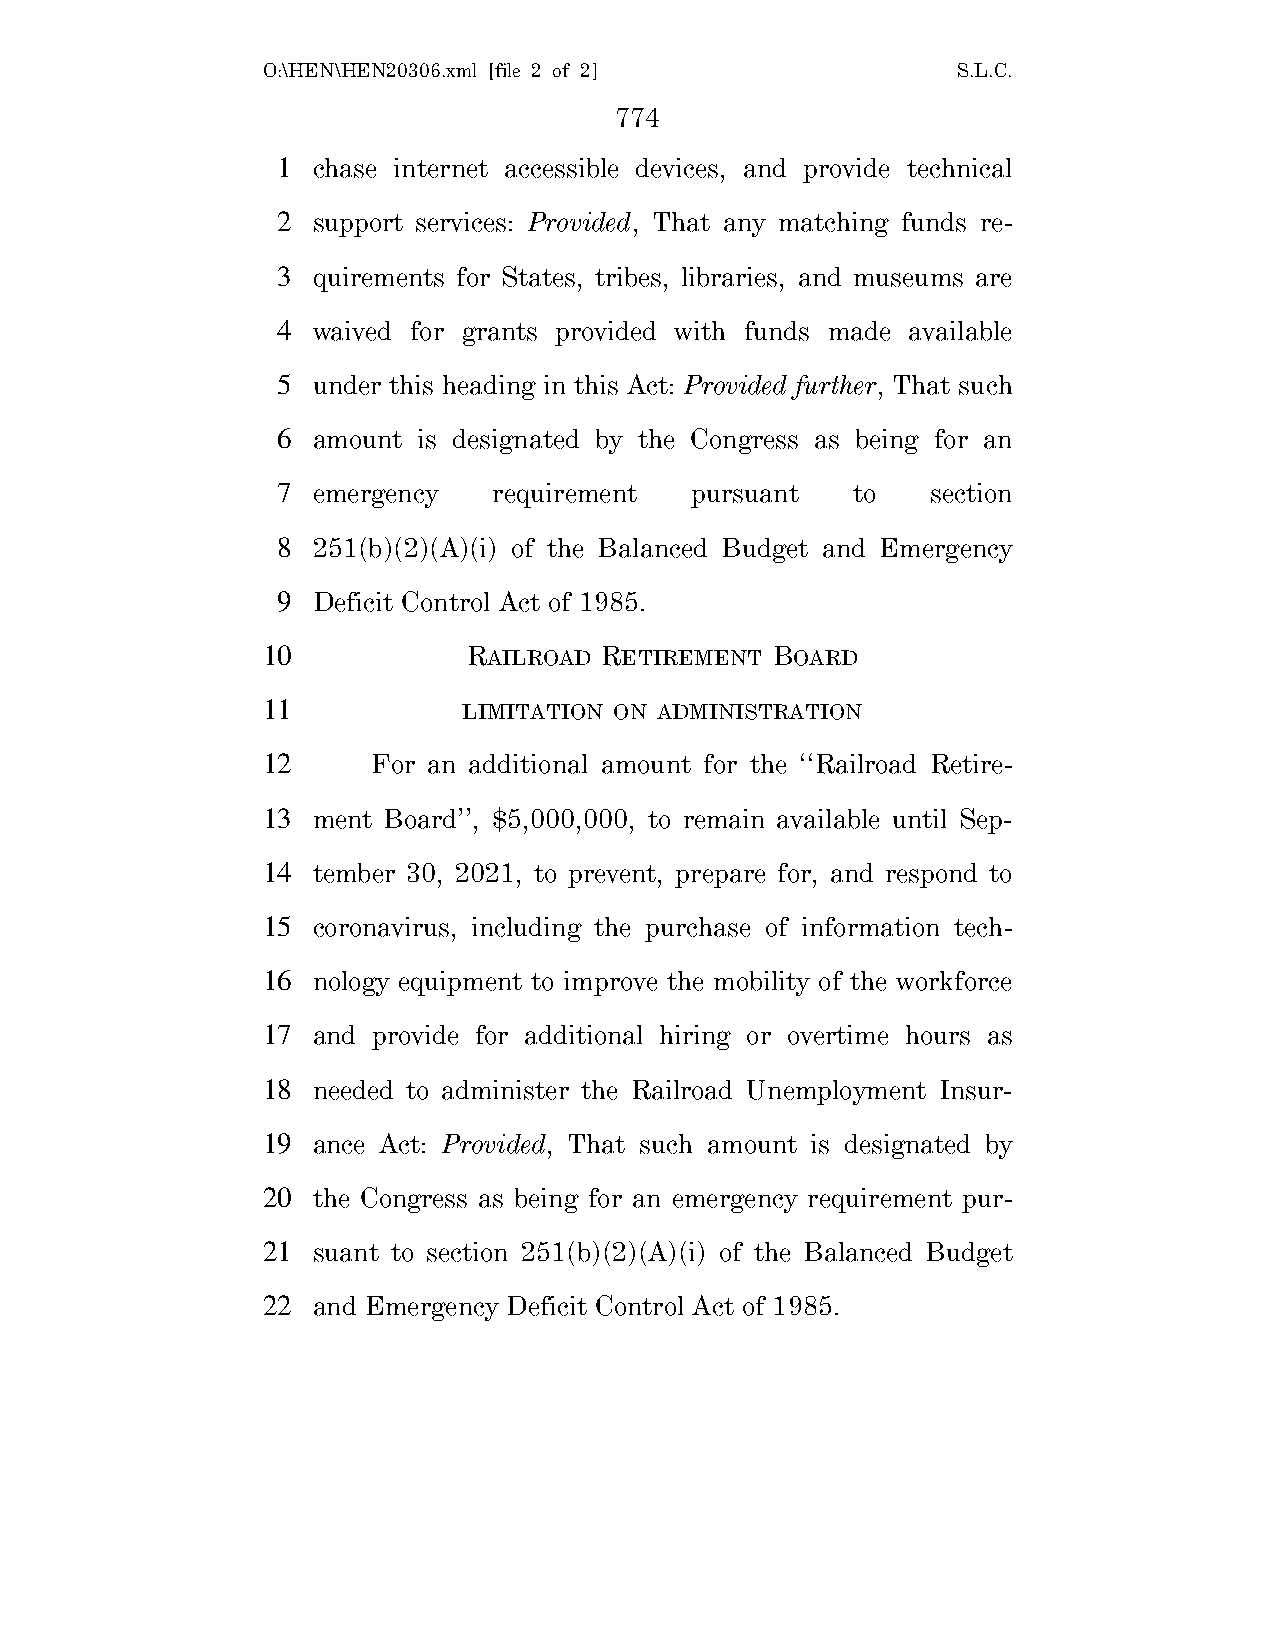
O:\HEN\HEN20306.xml [file 2 of 2]             S.L.C.
 774
 1  chase internet accessible devices, and provide technical
 2  support services: Provided, That any matching funds re-
 3  quirements for States, tribes, libraries, and museums are
 4  waived for grants provided with funds made available
 5  under this heading in this Act: Provided further, That such
 6  amount is designated by the Congress as being for an
 7  emergency   requirement  pursuant  to    section
 8  251(b)(2)(A)(i) of the Balanced Budget and Emergency
 9  Deficit Control Act of 1985.
 10            RAILROAD RETIREMENT BOARD
 11            LIMITATION ON ADMINISTRATION
 12      For an additional amount for the ‘‘Railroad Retire-
 13  ment Board’’, $5,000,000, to remain available until Sep-
 14  tember 30, 2021, to prevent, prepare for, and respond to
 15  coronavirus, including the purchase of information tech-
 16  nology equipment to improve the mobility of the workforce
 17  and provide for additional hiring or overtime hours as
 18  needed to administer the Railroad Unemployment Insur-
 19  ance Act: Provided, That such amount is designated by
 20  the Congress as being for an emergency requirement pur-
 21  suant to section 251(b)(2)(A)(i) of the Balanced Budget
 22  and Emergency Deficit Control Act of 1985.